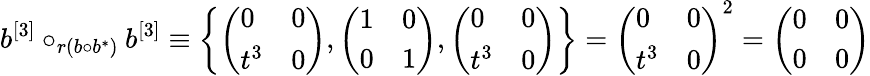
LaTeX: b^{[3]}\circ_{r(b\circ b^{*})}b^{[3]}\equiv\left\{ \left(\begin{array}{ll}{0}&{0}\\ {t^{3}}&{0}\end{array}\right),\left(\begin{array}{ll}{1}&{0}\\ {0}&{1}\end{array}\right),\left(\begin{array}{ll}{0}&{0}\\ {t^{3}}&{0}\end{array}\right)\right\} =\left(\begin{array}{ll}{0}&{0}\\ {t^{3}}&{0}\end{array}\right)^{2}=\left(\begin{array}{ll}{0}&{0}\\ {0}&{0}\end{array}\right)